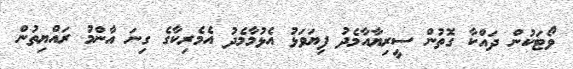
ވޯޓަކުން ދައްކާ ގޮތުން ސީރިޔާއާމެދު ފިޔަވަޅު އެޅުމާމެދު އެމެރިކާގެ ގިނަ އާންމު ރައްޔިތުން